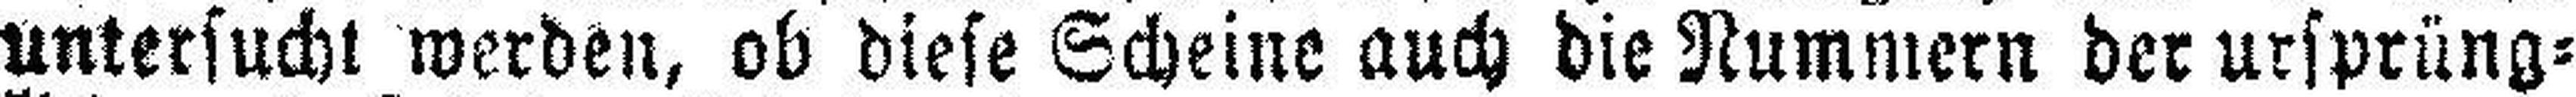
untersucht werden, ob diese Scheine auch die Nummern der ursprüng¬